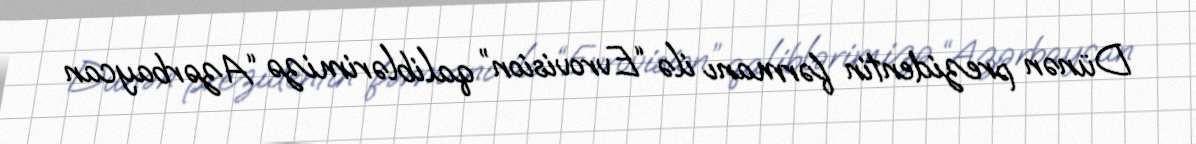
Dünən prezidentin fərmanı ilə “Evrovision” qaliblərimizə “Azərbaycan